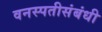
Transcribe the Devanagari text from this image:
वनस्पतीसंबंधी